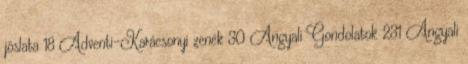
jóslata 18 Adventi-Karácsonyi zenék 30 Angyali Gondolatok 231 Angyali